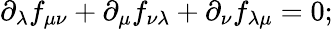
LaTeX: {\partial_{\lambda}}f_{\mu\nu}+{\partial_{\mu}}f_{\nu\lambda}+{\partial_{\nu}}f_{\lambda\mu}=0;